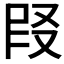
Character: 𪠪